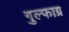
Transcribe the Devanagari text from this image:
गुल्फाग्र